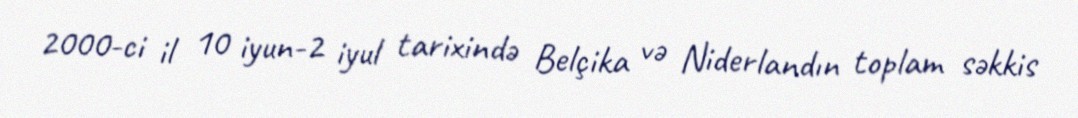
2000-ci il 10 iyun-2 iyul tarixində Belçika və Niderlandın toplam səkkis